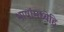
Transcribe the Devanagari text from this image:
भाषांमध्येहि